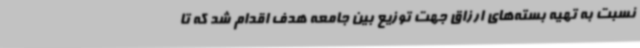
نسبت به تهیه بسته‌های ارزاق جهت توزیع بین جامعه هدف اقدام شد که تا